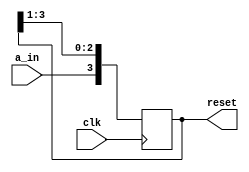
// _________________________________________________________
// Serial In Parallel Out (SIPO) Shift Rregister............
// _________________________________________________________


module SIPO_Shift_Register(reset,clk,a_in);
  
  output reg [3:0] reset;
  input clk,a_in;
  
  initial
    reset=4'b0;
  
  always @(negedge clk)
    begin
      reset[3]<=a_in;
      reset[2:0]<=reset[3:1];
    end
endmodule